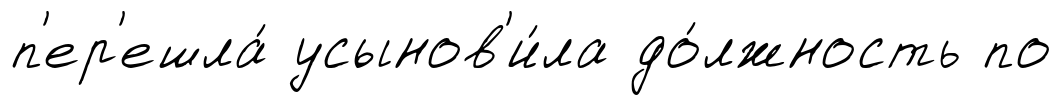
п'ер'ешла́ усынов'и́ла до́лжность по